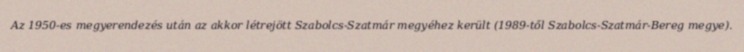
Az 1950-es megyerendezés után az akkor létrejött Szabolcs-Szatmár megyéhez került (1989-től Szabolcs-Szatmár-Bereg megye).